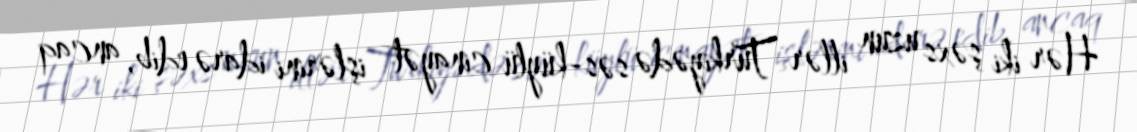
Hər iki şəxs uzun illər Türkiyədə səs-küylü cinayət işlərini idarə edib, ancaq